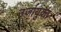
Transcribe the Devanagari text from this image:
उर्जायुक्त